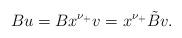
LaTeX: \begin{align*}B u = B x^{\nu_+} v = x^{\nu_+} \tilde B v.\end{align*}